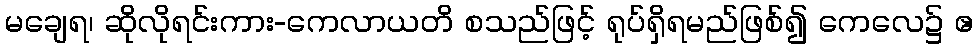
မချေရ၊ ဆိုလိုရင်းကား-ကေလာယတိ စသည်ဖြင့် ရုပ်ရှိရမည်ဖြစ်၍ ကေလေ၌ ဧ